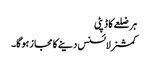
ہر ضلعے کا ڈپٹی
کمشنرلائسنس دینے کا مجاز ہوگا۔